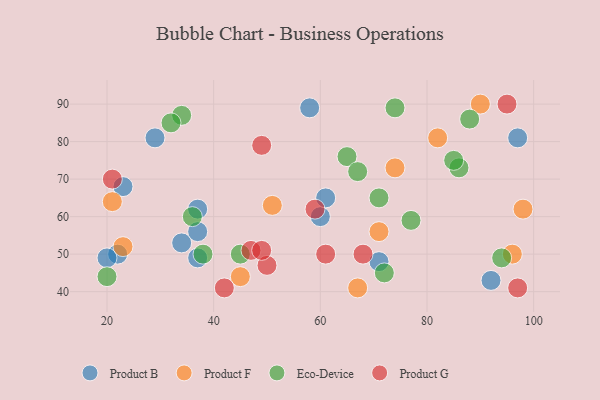
{"axis": {"x": "GDP", "y": "Life Expectancy"}, "legend": ["Eco-Device", "Product B", "Product F", "Product G"], "data": [{"x": "60", "y": 60, "type": "Product B"}, {"x": "92", "y": 43, "type": "Product B"}, {"x": "71", "y": 48, "type": "Product B"}, {"x": "37", "y": 62, "type": "Product B"}, {"x": "37", "y": 49, "type": "Product B"}, {"x": "34", "y": 53, "type": "Product B"}, {"x": "29", "y": 81, "type": "Product B"}, {"x": "61", "y": 65, "type": "Product B"}, {"x": "97", "y": 81, "type": "Product B"}, {"x": "58", "y": 89, "type": "Product B"}, {"x": "37", "y": 56, "type": "Product B"}, {"x": "22", "y": 50, "type": "Product B"}, {"x": "20", "y": 49, "type": "Product B"}, {"x": "23", "y": 68, "type": "Product B"}, {"x": "45", "y": 44, "type": "Product F"}, {"x": "98", "y": 62, "type": "Product F"}, {"x": "67", "y": 41, "type": "Product F"}, {"x": "51", "y": 63, "type": "Product F"}, {"x": "90", "y": 90, "type": "Product F"}, {"x": "71", "y": 56, "type": "Product F"}, {"x": "74", "y": 73, "type": "Product F"}, {"x": "23", "y": 52, "type": "Product F"}, {"x": "96", "y": 50, "type": "Product F"}, {"x": "21", "y": 64, "type": "Product F"}, {"x": "82", "y": 81, "type": "Product F"}, {"x": "34", "y": 87, "type": "Eco-Device"}, {"x": "77", "y": 59, "type": "Eco-Device"}, {"x": "74", "y": 89, "type": "Eco-Device"}, {"x": "65", "y": 76, "type": "Eco-Device"}, {"x": "45", "y": 50, "type": "Eco-Device"}, {"x": "36", "y": 60, "type": "Eco-Device"}, {"x": "32", "y": 85, "type": "Eco-Device"}, {"x": "72", "y": 45, "type": "Eco-Device"}, {"x": "67", "y": 72, "type": "Eco-Device"}, {"x": "94", "y": 49, "type": "Eco-Device"}, {"x": "86", "y": 73, "type": "Eco-Device"}, {"x": "88", "y": 86, "type": "Eco-Device"}, {"x": "71", "y": 65, "type": "Eco-Device"}, {"x": "20", "y": 44, "type": "Eco-Device"}, {"x": "38", "y": 50, "type": "Eco-Device"}, {"x": "85", "y": 75, "type": "Eco-Device"}, {"x": "42", "y": 41, "type": "Product G"}, {"x": "47", "y": 51, "type": "Product G"}, {"x": "21", "y": 70, "type": "Product G"}, {"x": "68", "y": 50, "type": "Product G"}, {"x": "95", "y": 90, "type": "Product G"}, {"x": "50", "y": 47, "type": "Product G"}, {"x": "59", "y": 62, "type": "Product G"}, {"x": "49", "y": 79, "type": "Product G"}, {"x": "49", "y": 51, "type": "Product G"}, {"x": "97", "y": 41, "type": "Product G"}, {"x": "61", "y": 50, "type": "Product G"}]}